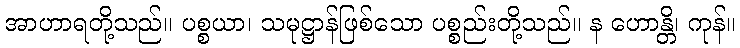
အာဟာရတို့သည်။ ပစ္စယာ၊ သမုဋ္ဌာန်ဖြစ်သော ပစ္စည်းတို့သည်။ န ဟောန္တိ၊ ကုန်။